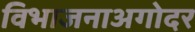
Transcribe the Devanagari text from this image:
विभाजनाअगोदर